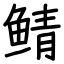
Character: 鲭